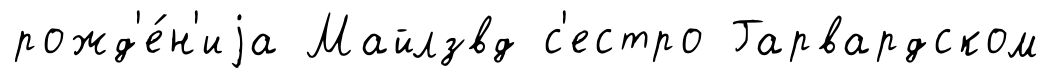
рожд'е́н'иjа Майлзвд с'естро Гарвардском